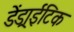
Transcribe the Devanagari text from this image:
डेंड्राईटिक